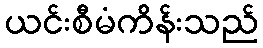
ယင်းစီမံကိန်းသည်